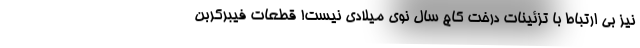
نیز بی ارتباط با تزئینات درخت کاج سال نوی میلادی نیست! قطعات فیبرکربن